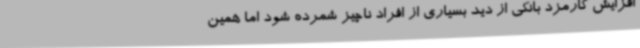
افزایش کارمزد بانکی از دید بسیاری از افراد ناچیز شمرده شود اما همین